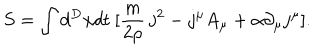
S = \int d ^ { D } x d t ~ [ \frac { m } { 2 \rho } ~ { \bf j } ^ { 2 } - j ^ { \mu } A _ { \mu } + \alpha \partial _ { \mu } j ^ { \mu } ] .